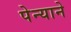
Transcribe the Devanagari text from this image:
पेन्याने